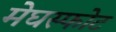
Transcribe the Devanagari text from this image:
मेघस्फोट